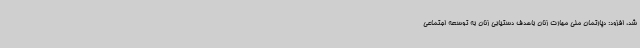
شد، افزود: دپارتمان ملی مهارت زنان باهدف دستیابی زنان به توسعه اجتماعی